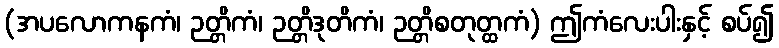
(အပလောကနကံ၊ ဉတ္တိကံ၊ ဉတ္တိဒုတိကံ၊ ဉတ္တိစတုတ္ထကံ) ဤကံလေးပါးနှင့် စပ်၍